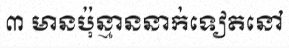
៣ មានប៉ុន្មាននាក់ទៀតនៅ